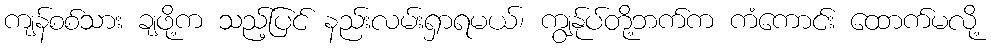
ကျန်စစ်သား ချဖို့က သည့်ပြင် နည်းလမ်းရှာရမယ်၊ ကျွန်ုပ်တို့ဘက်က ကံကောင်း ထောက်မလို့